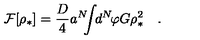
{ \cal F } [ \rho _ { * } ] = { \frac { D } { 4 } } a ^ { N } \! \! \! \int \! \! d ^ { N } \! \varphi G \rho _ { * } ^ { 2 } \quad .